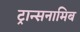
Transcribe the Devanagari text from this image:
ट्रान्सनामिब